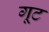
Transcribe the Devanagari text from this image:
गूट